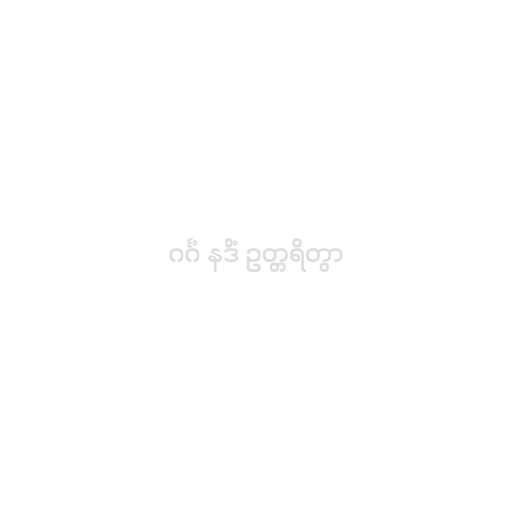
ဂင်္ဂံ နဒိံ ဥတ္တရိတွာ